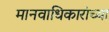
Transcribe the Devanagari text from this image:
मानवाधिकारांच्या